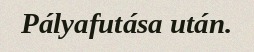
Pályafutása után.